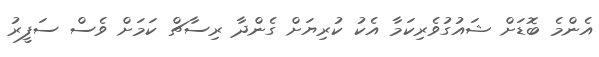
އެންމެ ބޮޑަށް ޝައުގުވެރިކަމާ އެކު ކުރިޔަށް ގެންދާ ރިސާޗް ކަމަށް ވެސް ސަފީރު